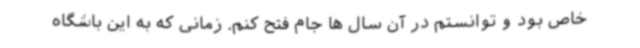
خاص بود و توانستم در آن سال ها جام فتح کنم. زمانی که به این باشگاه